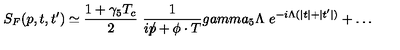
S _ { F } ( p , t , t ^ { \prime } ) \simeq { \frac { 1 + \gamma _ { 5 } T _ { c } } { 2 } } \ { \frac { 1 } { i p \! \! \! / + \phi \cdot T } } g a m m a _ { 5 } \Lambda \ e ^ { - i \Lambda ( \vert t \vert + \vert t ^ { \prime } \vert ) } + \dots